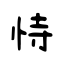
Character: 恃